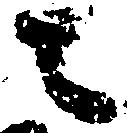
々